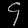
Digit: ၄